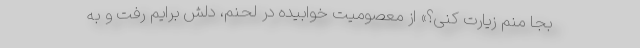
بجا منم زیارت کنی؟» از معصومیت خوابیده در لحنم، دلش برایم رفت و به